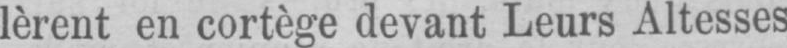
lèrent en cortège devant Leurs Altesses